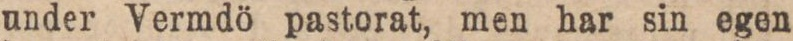
under Vermdö pastorat, men har sin egen